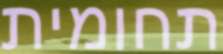
תחומית